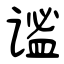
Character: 谧